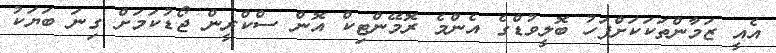
އެއީ ޒަމާންތަކަކަށްފަހު ބޮލީވުޑްގެ އެންމެ ރޮމޭންޓިކް އޮން ސްކްރީން ޖޯޑުކަމަށް ގިނަ ބަޔަކު